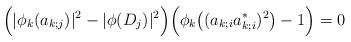
LaTeX: \begin{align*}\Big(|\phi_k(a_{k;j})|^2-|\phi(D_j)|^2\Big)\Big(\phi_k\big((a_{k;i}a_{k;i}^*)^2\big)-1\Big)=0\end{align*}